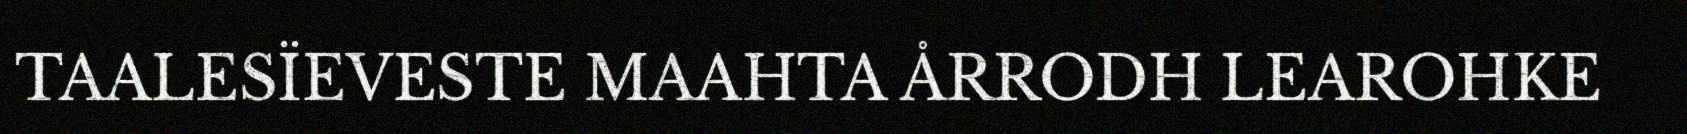
TAALESÏEVESTE MAAHTA ÅRRODH LEAROHKE